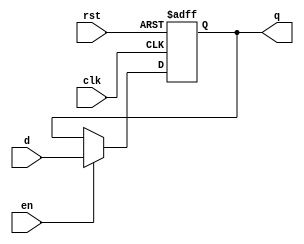
`timescale 1ns / 1ps
//////////////////////////////////////////////////////////////////////////////////
// Company: 
// Engineer: 
// 
// Design Name: 
// Module Name: flopenr
// Project Name: 
// Target Devices: 
// Tool Versions: 
// Description: 
// 
// Dependencies: 
// 
// Revision:
// Revision 0.01 - File Created
// Additional Comments:
// 
//////////////////////////////////////////////////////////////////////////////////


module flopenr #(parameter WIDTH=8)(
    input wire clk,rst,en,
    input wire [WIDTH-1:0] d,
    output reg [WIDTH-1:0] q
);

    always @(posedge clk,posedge rst)
	begin
		if(rst)
			begin q <= 0; 
            end
		else if(en) begin
			q <= d;
		end
	end
endmodule